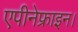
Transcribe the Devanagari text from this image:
एपीनेफ्राइन।